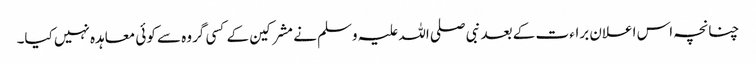
چنانچہ اس اعلان براء ت کے بعد نبی صلی اللہ علیہ وسلم نے مشرکین کے کسی گروہ سے کوئی معاہدہ نہیں کیا۔